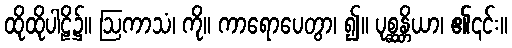
ထိုထိုပါဠိ၌။ ဩကာသံ၊ ကို။ ကာရောပေတွာ၊ ၍။ ပုစ္ဆန္တိယာ၊ ၏၎င်း။